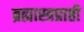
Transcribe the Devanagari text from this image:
ब्रह्मास्त्रप्राप्ती